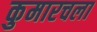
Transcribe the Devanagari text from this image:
कुमारचला